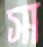
সা